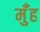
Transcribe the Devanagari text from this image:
मुँंह